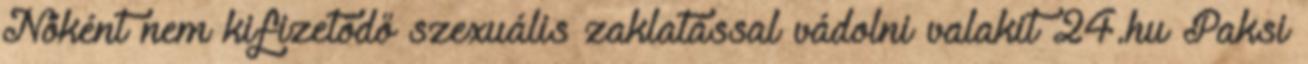
Nőként nem kifizetődő szexuális zaklatással vádolni valakit 24.hu Paksi